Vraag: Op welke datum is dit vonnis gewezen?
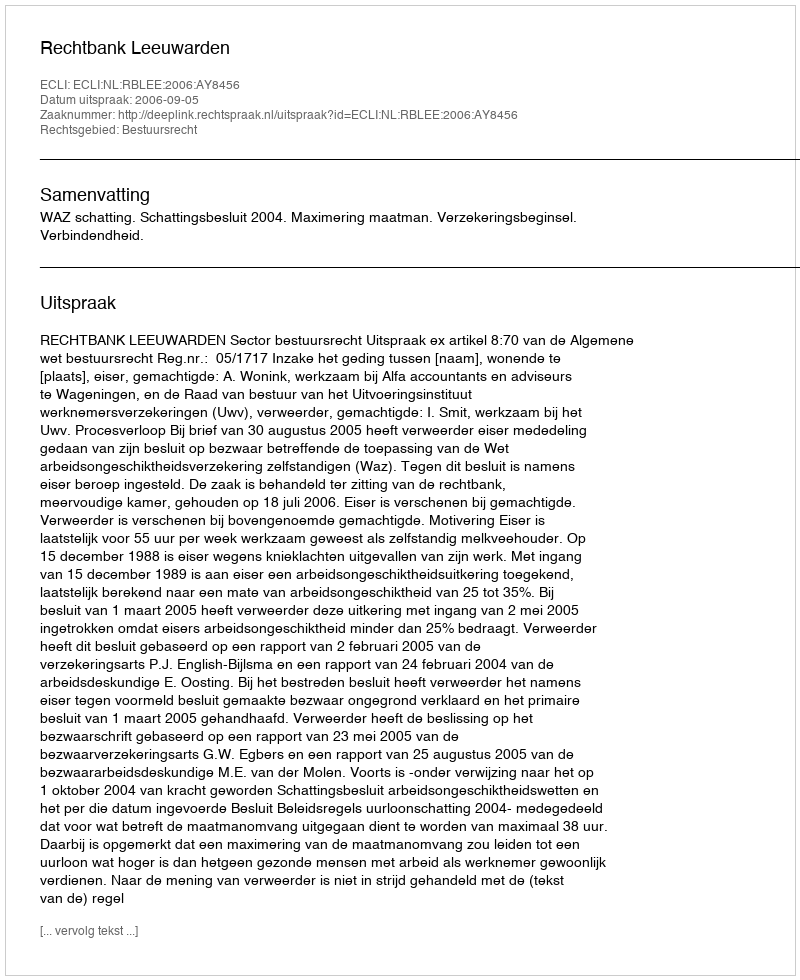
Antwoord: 2006-09-05